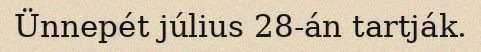
Ünnepét július 28-án tartják.